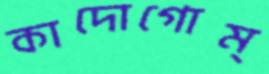
কাদোগোম্